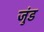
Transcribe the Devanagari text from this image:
जुंड